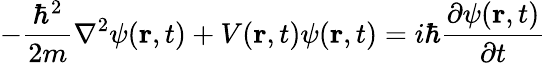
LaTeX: -{\frac{\hbar^{2}}{2m}}\nabla^{2}\psi(\mathbf{r},t)+V(\mathbf{r},t)\psi(\mathbf{r},t)=i\hbar{\frac{\partial\psi(\mathbf{r},t)}{\partial t}}